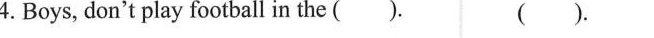
4.Boys, don't play football in the ( ).